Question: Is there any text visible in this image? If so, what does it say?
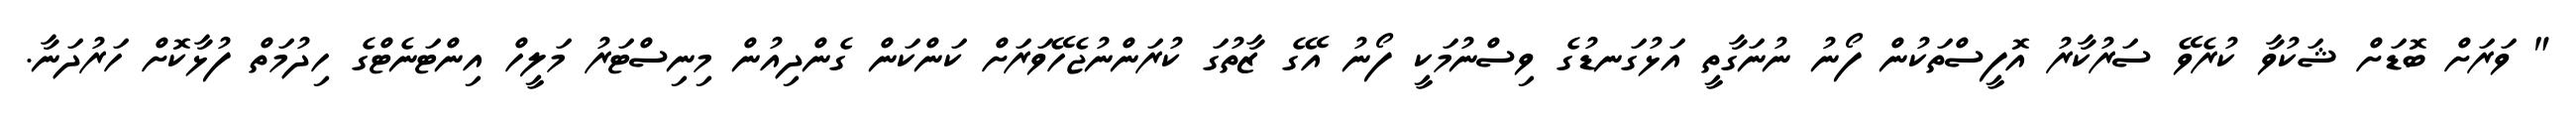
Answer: " ވަރަށް ބޮޑަށް ޝަކުވާ ކުރެވޭ ސަރުކާރު އޮފީސްތަކުން ފޯނު ނުނަގާތީ އަޅުގަނޑުގެ ވިސްނުމަކީ ފޯނު އޭގެ ޒާތުގަ ކުރަންނުޖެހޭވަރަށް ކަންކަން ގެންދިއުން މިނިސްޓަރު މަލީހް އިންޓަނެޓްގެ ހިދުމަތް ފުޅާކޮށް ހަރުދަނާ.